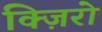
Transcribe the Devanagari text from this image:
क्ज़िरो